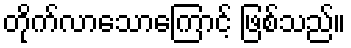
တိုက်လာသောကြောင့် ဖြစ်သည်။